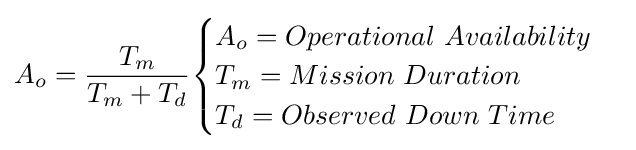
A_{o}={\frac {T_{m}}{T_{m}+T_{d}}}{\begin{cases}A_{o}=Operational\ Availability\\T_{m}=Mission\ Duration\\T_{d}=Observed\ Down\ Time\end{cases}}